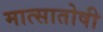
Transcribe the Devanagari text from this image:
मात्सातोषी